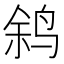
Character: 𫛬